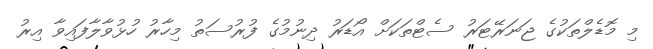
މި މޮޑެލްތަކުގެ ޖަނަރޭޓަރު ސެޓްތަކަށް އޯޑަރު ދިނުމުގެ ފުރުސަތު މިހާރު ހުޅުވާލާފައިވާ އިރު